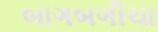
બાગબગીચા